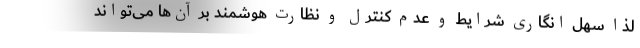
لذا سهل انگاری شرایط و عدم کنترل و نظارت هوشمند بر آن‌ها می‌تواند